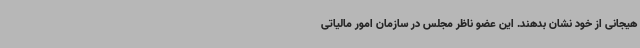
هیجانی از خود نشان بدهند. این عضو ناظر مجلس در سازمان امور مالیاتی